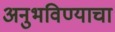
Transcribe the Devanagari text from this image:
अनुभविण्याचा